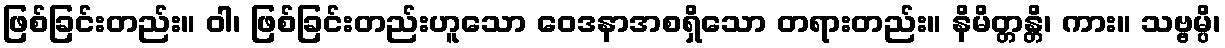
ဖြစ်ခြင်းတည်း။ ဝါ၊ ဖြစ်ခြင်းတည်းဟူသော ဝေဒနာအစရှိသော တရားတည်း။ နိမိတ္တန္တိ၊ ကား။ သဗ္ဗမ္ပိ၊